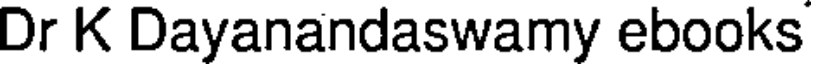
Dr K Dayanandaswamy ebooks